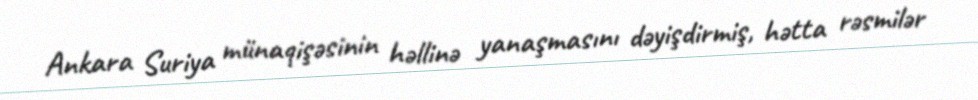
Ankara Suriya münaqişəsinin həllinə yanaşmasını dəyişdirmiş, hətta rəsmilər